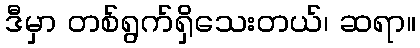
ဒီမှာ တစ်ရွက်ရှိသေးတယ်၊ ဆရာ။